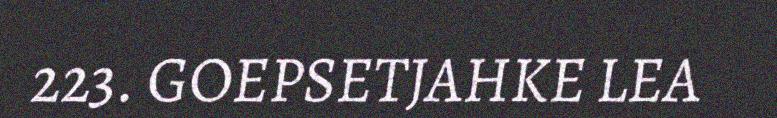
223. GOEPSETJAHKE LEA